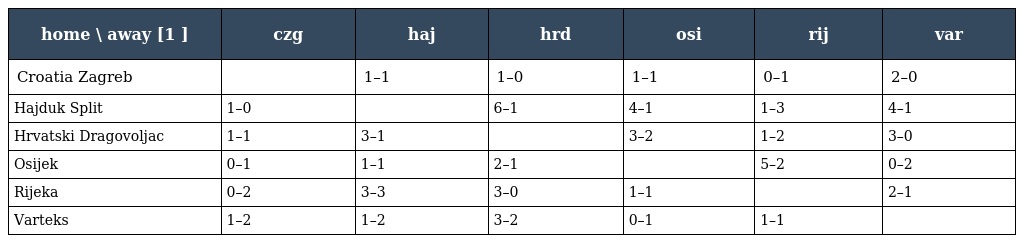
| home \ away [1 ] | czg | haj | hrd | osi | rij | var |
 | --- | --- | --- | --- | --- | --- | --- |
 | Croatia Zagreb |  | 1–1 | 1–0 | 1–1 | 0–1 | 2–0 |
 | Hajduk Split | 1–0 |  | 6–1 | 4–1 | 1–3 | 4–1 |
 | Hrvatski Dragovoljac | 1–1 | 3–1 |  | 3–2 | 1–2 | 3–0 |
 | Osijek | 0–1 | 1–1 | 2–1 |  | 5–2 | 0–2 |
 | Rijeka | 0–2 | 3–3 | 3–0 | 1–1 |  | 2–1 |
 | Varteks | 1–2 | 1–2 | 3–2 | 0–1 | 1–1 |  |